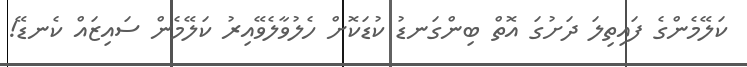
ކަލޭމެންގެ ފައިތިލަ ދަށުގަ އޮތް ބިންގަނޑު ކުޑަކޮށް ހެލުވާލެވޭއިރު ކަލޭމެން ސައިޒައް ކެނޑޭ!